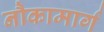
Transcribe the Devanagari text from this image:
नौकामार्ग